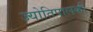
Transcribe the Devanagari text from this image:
ज्योतिपालकी